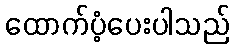
ထောက်ပံ့ပေးပါသည်